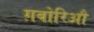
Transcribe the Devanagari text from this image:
ग़बोरिऔ